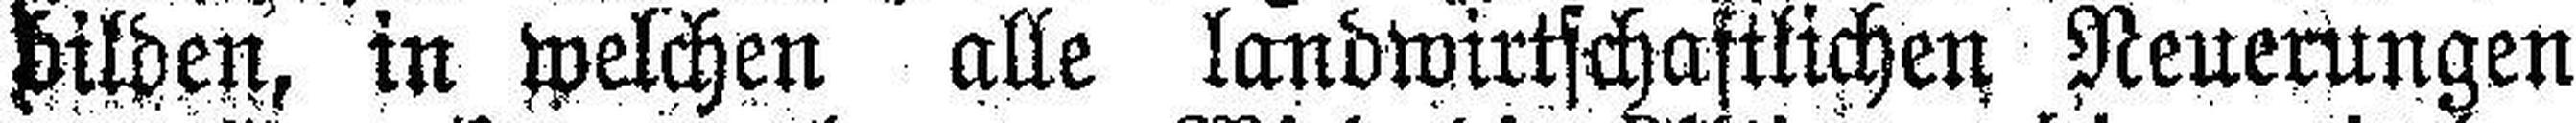
bilden, in welchen alle landwirtschaftlichen Neuerungen